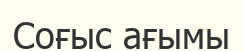
Соғыс ағымы